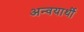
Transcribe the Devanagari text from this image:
अन्वयार्थी